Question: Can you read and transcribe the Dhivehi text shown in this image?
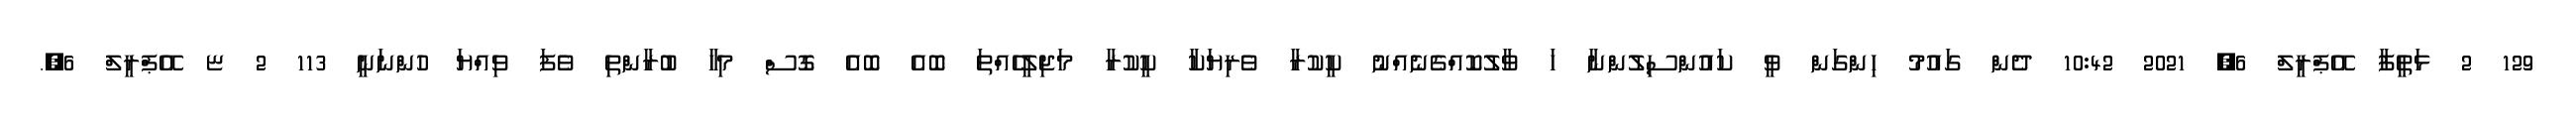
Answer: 129 2 ޅަތީފާ އޭޕްރީލް 6, 2021 10:42 ދެން ގައުމު ހިންގަން ވީ ކައުންސިލުންނާ ހަ ވާލުކޮއްގެނެއްނު ކީކުރާ ވެރިޔަކާ ކީކުރާ މަޖިލީހެއްތަ ބޮއެ ބޮއެ ގޮސް މިހާ ބުރާންތި ވެފަ ވިއްޔަ ހުންނަނީ 113 2 ޏ އޭޕްރީލް 6,.